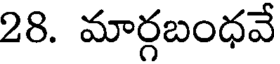
28. మార్గబంధవే